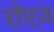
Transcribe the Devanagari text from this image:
रॉएज़